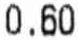
0.60